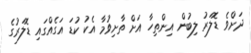
ދަށްވެ ޑޮލަރު ލިބުން އިންތިހާ އަށް ތާށިވުމާ އެކު ކުޑަ އަގެއްގައި ޑޮލަރުގެ